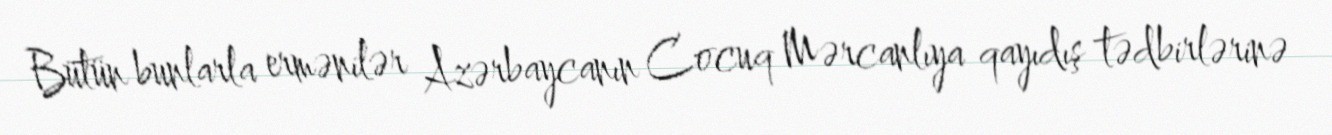
Bütün bunlarla ermənilər Azərbaycanın Cocuq Mərcanlıya qayıdış tədbirlərinə